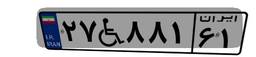
۶۹W۲۹۳۲۰